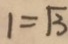
1 = \sqrt { 3 }